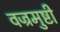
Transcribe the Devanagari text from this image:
वज्रमुष्टी